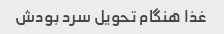
غذا هنگام تحویل سرد بودش